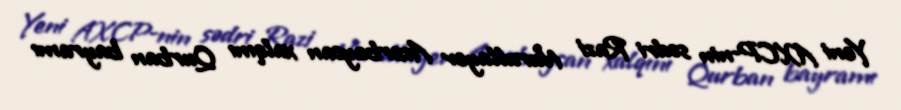
Yeni AXCP-nin sədri Razi Nurullayev Azərbaycan xalqını Qurban bayramı